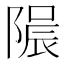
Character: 𨻟